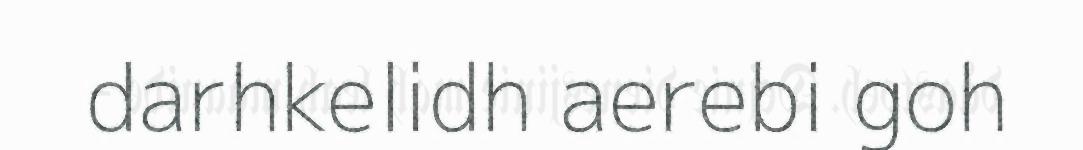
darhkelidh aerebi goh